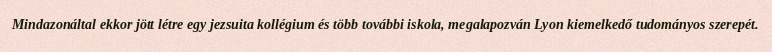
Mindazonáltal ekkor jött létre egy jezsuita kollégium és több további iskola, megalapozván Lyon kiemelkedő tudományos szerepét.